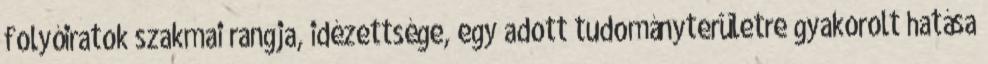
folyóiratok szakmai rangja, idézettsége, egy adott tudományterületre gyakorolt hatása